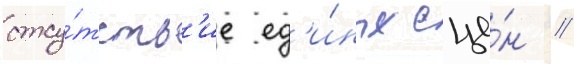
отсу́тств'ие ед'и́ных сце́н /